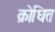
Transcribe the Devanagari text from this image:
क्रोधित